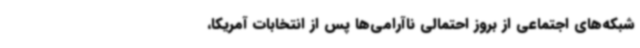
شبکه‌های اجتماعی از بروز احتمالی ناآرامی‌ها پس از انتخابات آمریکا،